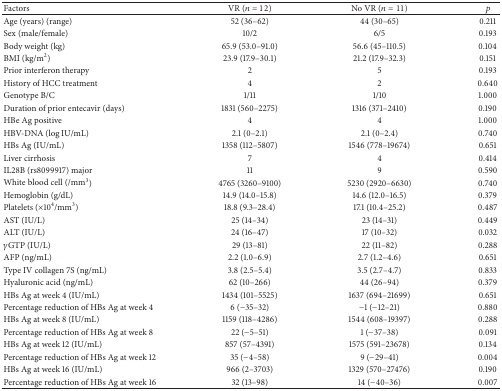
<table><thead><tr><td><b>Factors</b></td><td><b>VR (<i>n</i> = 12)</b></td><td><b>No VR (<i>n</i> = 11)</b></td><td><b><i>p</i></b></td></tr></thead><tbody><tr><td>Age (years) (range)</td><td>52 (36–62)</td><td>44 (30–65)</td><td>0.211</td></tr><tr><td>Sex (male/female)</td><td>10/2</td><td>6/5</td><td>0.193</td></tr><tr><td>Body weight (kg)</td><td>65.9 (53.0–91.0)</td><td>56.6 (45–110.5)</td><td>0.104</td></tr><tr><td>BMI (kg/m<sup>2</sup>)</td><td>23.9 (17.9–30.1)</td><td>21.2 (17.9–32.3)</td><td>0.151</td></tr><tr><td>Prior interferon therapy</td><td>2</td><td>5</td><td>0.193</td></tr><tr><td>History of HCC treatment</td><td>4</td><td>2</td><td>0.640</td></tr><tr><td>Genotype B/C</td><td>1/11</td><td>1/10</td><td>1.000</td></tr><tr><td>Duration of prior entecavir (days)</td><td>1831 (560–2275)</td><td>1316 (371–2410)</td><td>0.190</td></tr><tr><td>HBe Ag positive</td><td>4</td><td>4</td><td>1.000</td></tr><tr><td>HBV-DNA (log IU/mL)</td><td>2.1 (0–2.1)</td><td>2.1 (0–2.4)</td><td>0.740</td></tr><tr><td>HBs Ag (IU/mL)</td><td>1358 (112–5807)</td><td>1546 (778–19674)</td><td>0.651</td></tr><tr><td>Liver cirrhosis</td><td>7</td><td>4</td><td>0.414</td></tr><tr><td>IL28B (rs8099917) major</td><td>11</td><td>9</td><td>0.590</td></tr><tr><td>White blood cell (/mm<sup>3</sup>)</td><td>4765 (3260–9100)</td><td>5230 (2920–6630)</td><td>0.740</td></tr><tr><td>Hemoglobin (g/dL)</td><td>14.9 (14.0–15.8)</td><td>14.6 (12.0–16.5)</td><td>0.379</td></tr><tr><td>Platelets (×10<sup>4</sup>/mm<sup>3</sup>)</td><td>18.8 (9.3–28.4)</td><td>17.1 (10.4–25.2)</td><td>0.487</td></tr><tr><td>AST (IU/L)</td><td>25 (14–34)</td><td>23 (14–31)</td><td>0.449</td></tr><tr><td>ALT (IU/L)</td><td>24 (16–47)</td><td>17 (10–32)</td><td>0.032</td></tr><tr><td><i>γ</i>GTP (IU/L)</td><td>29 (13–81)</td><td>22 (11–82)</td><td>0.288</td></tr><tr><td>AFP (ng/mL)</td><td>2.2 (1.0–6.9)</td><td>2.7 (1.2–4.6)</td><td>0.651</td></tr><tr><td>Type IV collagen 7S (ng/mL)</td><td>3.8 (2.5–5.4)</td><td>3.5 (2.7–4.7)</td><td>0.833</td></tr><tr><td>Hyaluronic acid (ng/mL)</td><td>62 (10–266)</td><td>44 (26–94)</td><td>0.379</td></tr><tr><td>HBs Ag at week 4 (IU/mL)</td><td>1434 (101–5525)</td><td>1637 (694–21699)</td><td>0.651</td></tr><tr><td>Percentage reduction of HBs Ag at week 4</td><td>6 (−35–32)</td><td>−1 (−12–21)</td><td>0.880</td></tr><tr><td>HBs Ag at week 8 (IU/mL)</td><td>1159 (118–4286)</td><td>1544 (608–19397)</td><td>0.288</td></tr><tr><td>Percentage reduction of HBs Ag at week 8</td><td>22 (−5–51)</td><td>1 (−37–38)</td><td>0.091</td></tr><tr><td>HBs Ag at week 12 (IU/mL)</td><td>857 (57–4391)</td><td>1575 (591–23678)</td><td>0.134</td></tr><tr><td>Percentage reduction of HBs Ag at week 12</td><td>35 (−4–58)</td><td>9 (−29–41)</td><td>0.004</td></tr><tr><td>HBs Ag at week 16 (IU/mL)</td><td>966 (2–3703)</td><td>1329 (570–27476)</td><td>0.190</td></tr><tr><td>Percentage reduction of HBs Ag at week 16</td><td>32 (13–98)</td><td>14 (−40–36)</td><td>0.007</td></tr></tbody></table>